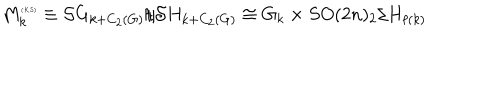
LaTeX: M _ { k } ^ { \tiny ( K S ) } \equiv { \cal S } G _ { k + C _ { 2 } ( G ) } / { \cal S } H _ { k + C _ { 2 } ( G ) } \cong G _ { k } \times S O ( 2 n ) _ { 2 } / H _ { \ell ( k ) }